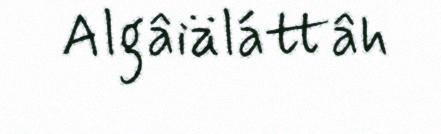
Algâiäláttâh